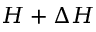
H + \Delta H